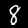
Digit: 8